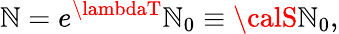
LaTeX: {\cal\mathbb{N}}=e^{\lambdaT}{\cal\mathbb{N}}_{0}\equiv{\calS}{\cal\mathbb{N}}_{0},